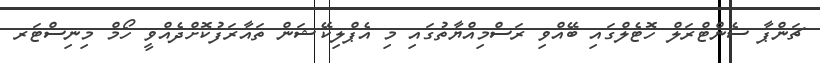
ޗަންޕާ ސެންޓްރަލް ހޮޓެލްގައި ބޭއްވި ރަސްމިއްޔާތުގައި މި އެޕްލިކޭޝަން ތައާރަފުކޮށްދެއްވީ ހޯމް މިނިސްޓަރ